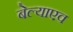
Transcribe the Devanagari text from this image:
बेल्याएव